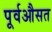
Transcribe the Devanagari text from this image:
पूर्वऔसत